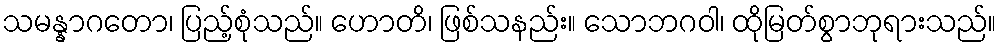
သမန္နာဂတော၊ ပြည့်စုံသည်။ ဟောတိ၊ ဖြစ်သနည်း။ သောဘဂဝါ၊ ထိုမြတ်စွာဘုရားသည်။